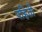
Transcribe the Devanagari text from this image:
पहिती